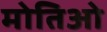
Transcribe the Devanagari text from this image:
मोतिओ